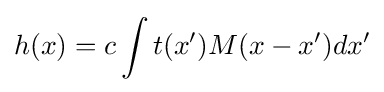
h(x)=c\int t(x')M(x-x')dx'